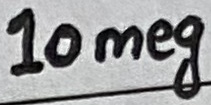
Text: 10meg